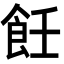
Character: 飪